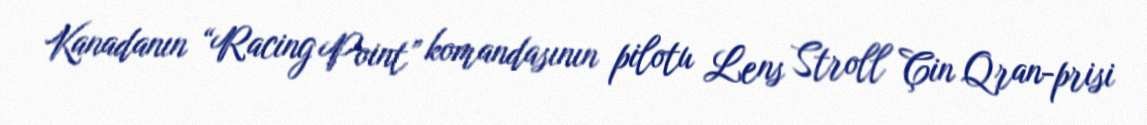
Kanadanın “Racing Point” komandasının pilotu Lens Stroll Çin Qran-prisi